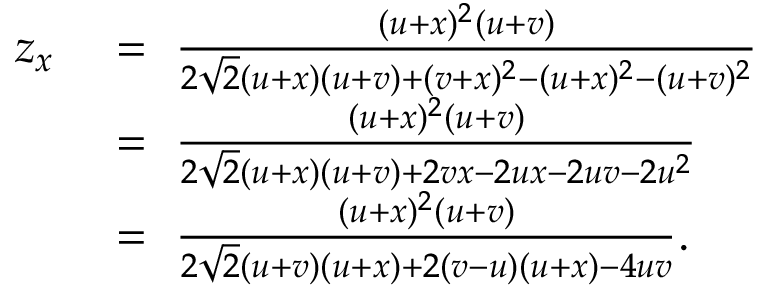
\begin{array} { r l } { z _ { x } } & { ~ = ~ \frac { ( u + x ) ^ { 2 } ( u + v ) } { 2 \sqrt { 2 } ( u + x ) ( u + v ) + ( v + x ) ^ { 2 } - ( u + x ) ^ { 2 } - ( u + v ) ^ { 2 } } } \\ & { ~ = ~ \frac { ( u + x ) ^ { 2 } ( u + v ) } { 2 \sqrt { 2 } ( u + x ) ( u + v ) + 2 v x - 2 u x - 2 u v - 2 u ^ { 2 } } } \\ & { ~ = ~ \frac { ( u + x ) ^ { 2 } ( u + v ) } { 2 \sqrt { 2 } ( u + v ) ( u + x ) + 2 ( v - u ) ( u + x ) - 4 u v } . } \end{array}